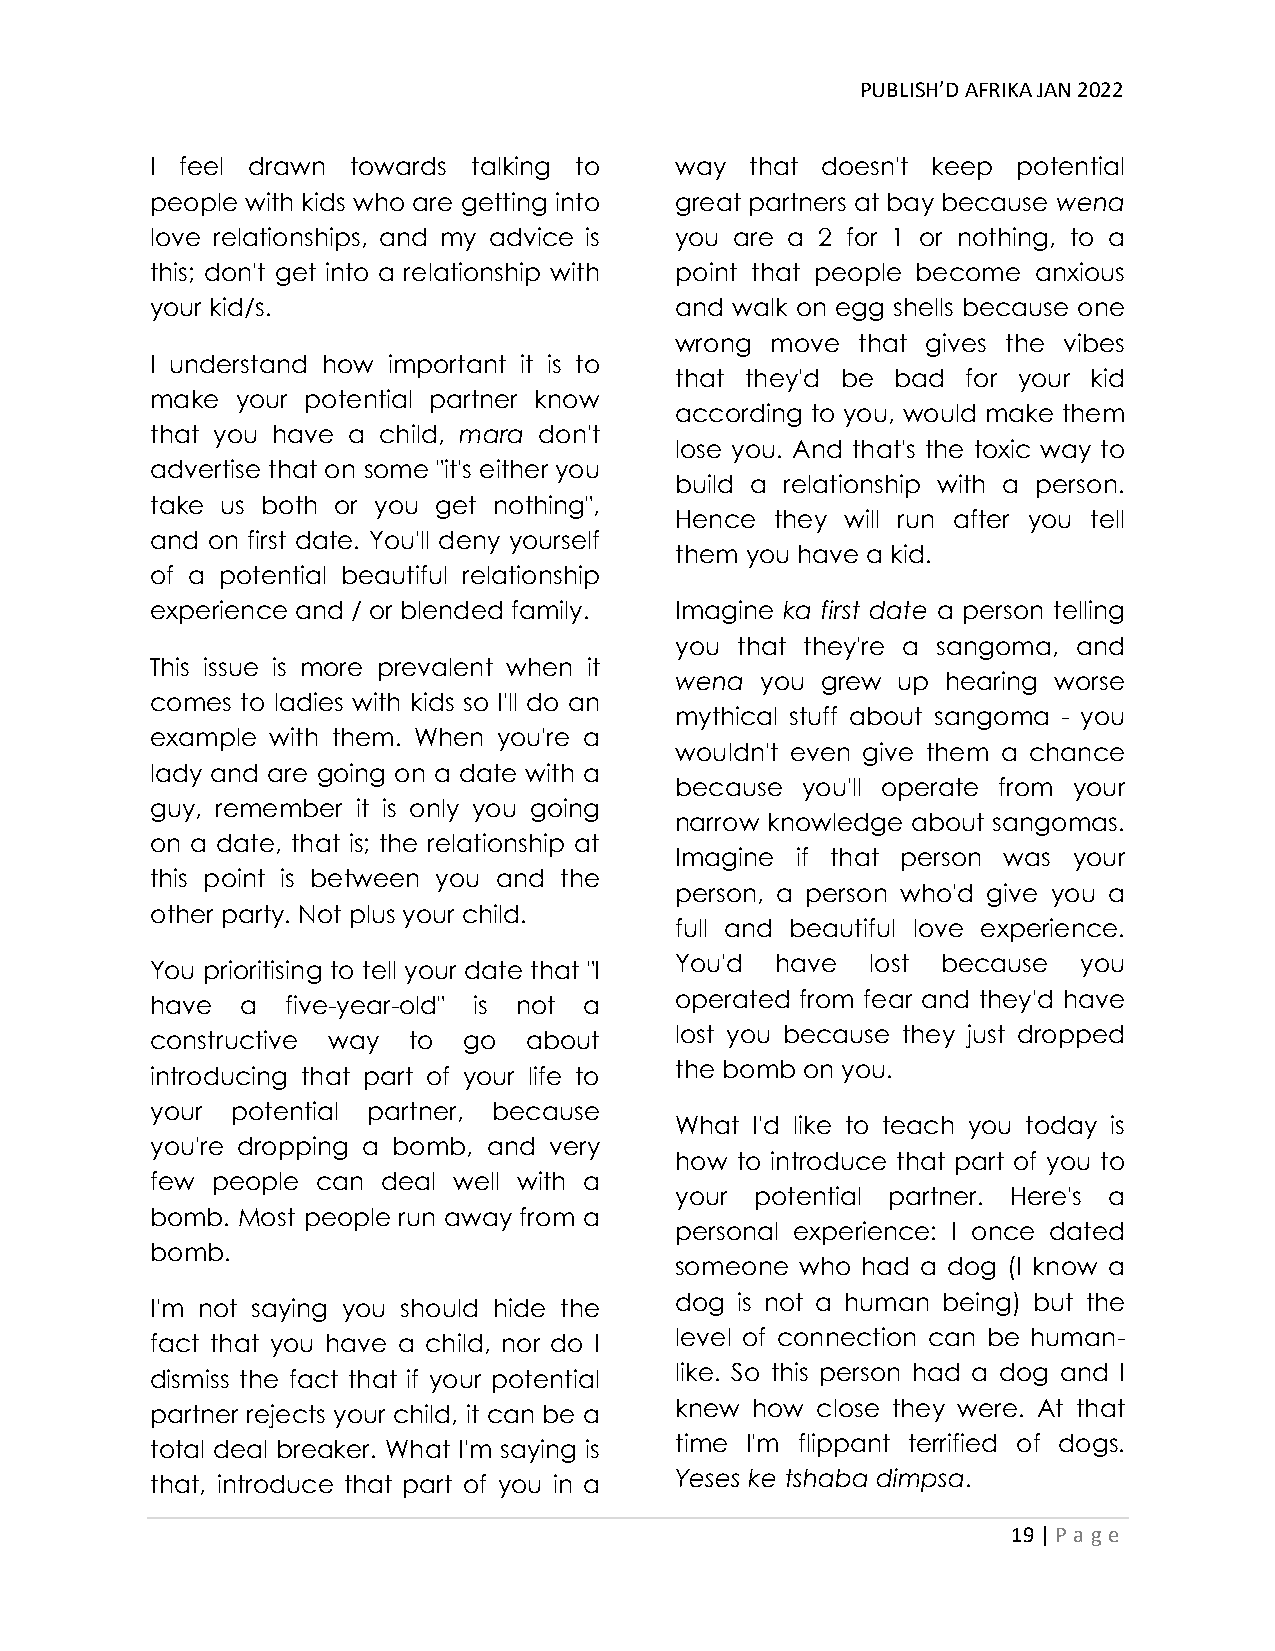
PUBLISH’D AFRIKA JAN 2022
 I feel drawn towards talking to    way  that doesn't keep potential
 people with kids who are getting into great partners at bay because wena
 love relationships, and my advice is you are a 2 for 1 or nothing, to a
 this; don't get into a relationship with point that people become anxious
 your kid/s.                        and walk on egg shells because one
 wrong move  that gives the vibes
 I understand how important it is to
 that they'd be bad for your kid
 make  your potential partner know
 according to you, would make them
 that you have a child, mara don't
 lose you. And that's the toxic way to
 advertise that on some "it's either you
 build a relationship with a person.
 take us both or you get nothing",
 Hence they will run after you tell
 and on first date. You'll deny yourself
 them you have a kid.
 of a potential beautiful relationship
 experience and / or blended family. Imagine ka first date a person telling
 you that they're a sangoma, and
 This issue is more prevalent when it
 wena you grew up  hearing worse
 comes to ladies with kids so I'll do an
 mythical stuff about sangoma - you
 example with them. When you're a
 wouldn't even give them a chance
 lady and are going on a date with a
 because you'll operate from your
 guy, remember it is only you going
 narrow knowledge about sangomas.
 on a date, that is; the relationship at
 Imagine if that person was your
 this point is between you and the
 person, a person who'd give you a
 other party. Not plus your child.
 full and beautiful love experience.
 You'd have   lost because  you
 You prioritising to tell your date that "I
 operated from fear and they'd have
 have  a  five-year-old" is not a
 lost you because they just dropped
 constructive way to  go  about
 the bomb on you.
 introducing that part of your life to
 your potential partner, because
 What I'd like to teach you today is
 you're dropping a bomb, and very
 how to introduce that part of you to
 few people can deal well with a
 your potential partner. Here's a
 bomb. Most people run away from a
 personal experience: I once dated
 bomb.
 someone who had a dog (I know a
 I'm not saying you should hide the dog is not a human being) but the
 fact that you have a child, nor do I level of connection can be human-
 dismiss the fact that if your potential like. So this person had a dog and I
 partner rejects your child, it can be a knew how close they were. At that
 total deal breaker. What I'm saying is time I'm flippant terrified of dogs.
 that, introduce that part of you in a Yeses ke tshaba dimpsa.
 19 | P age